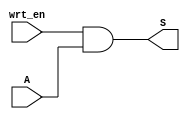
module AND_Gates (wrt_en, A, S);
  input wrt_en, A;
  output S;
  and G(S, wrt_en, A);
endmodule